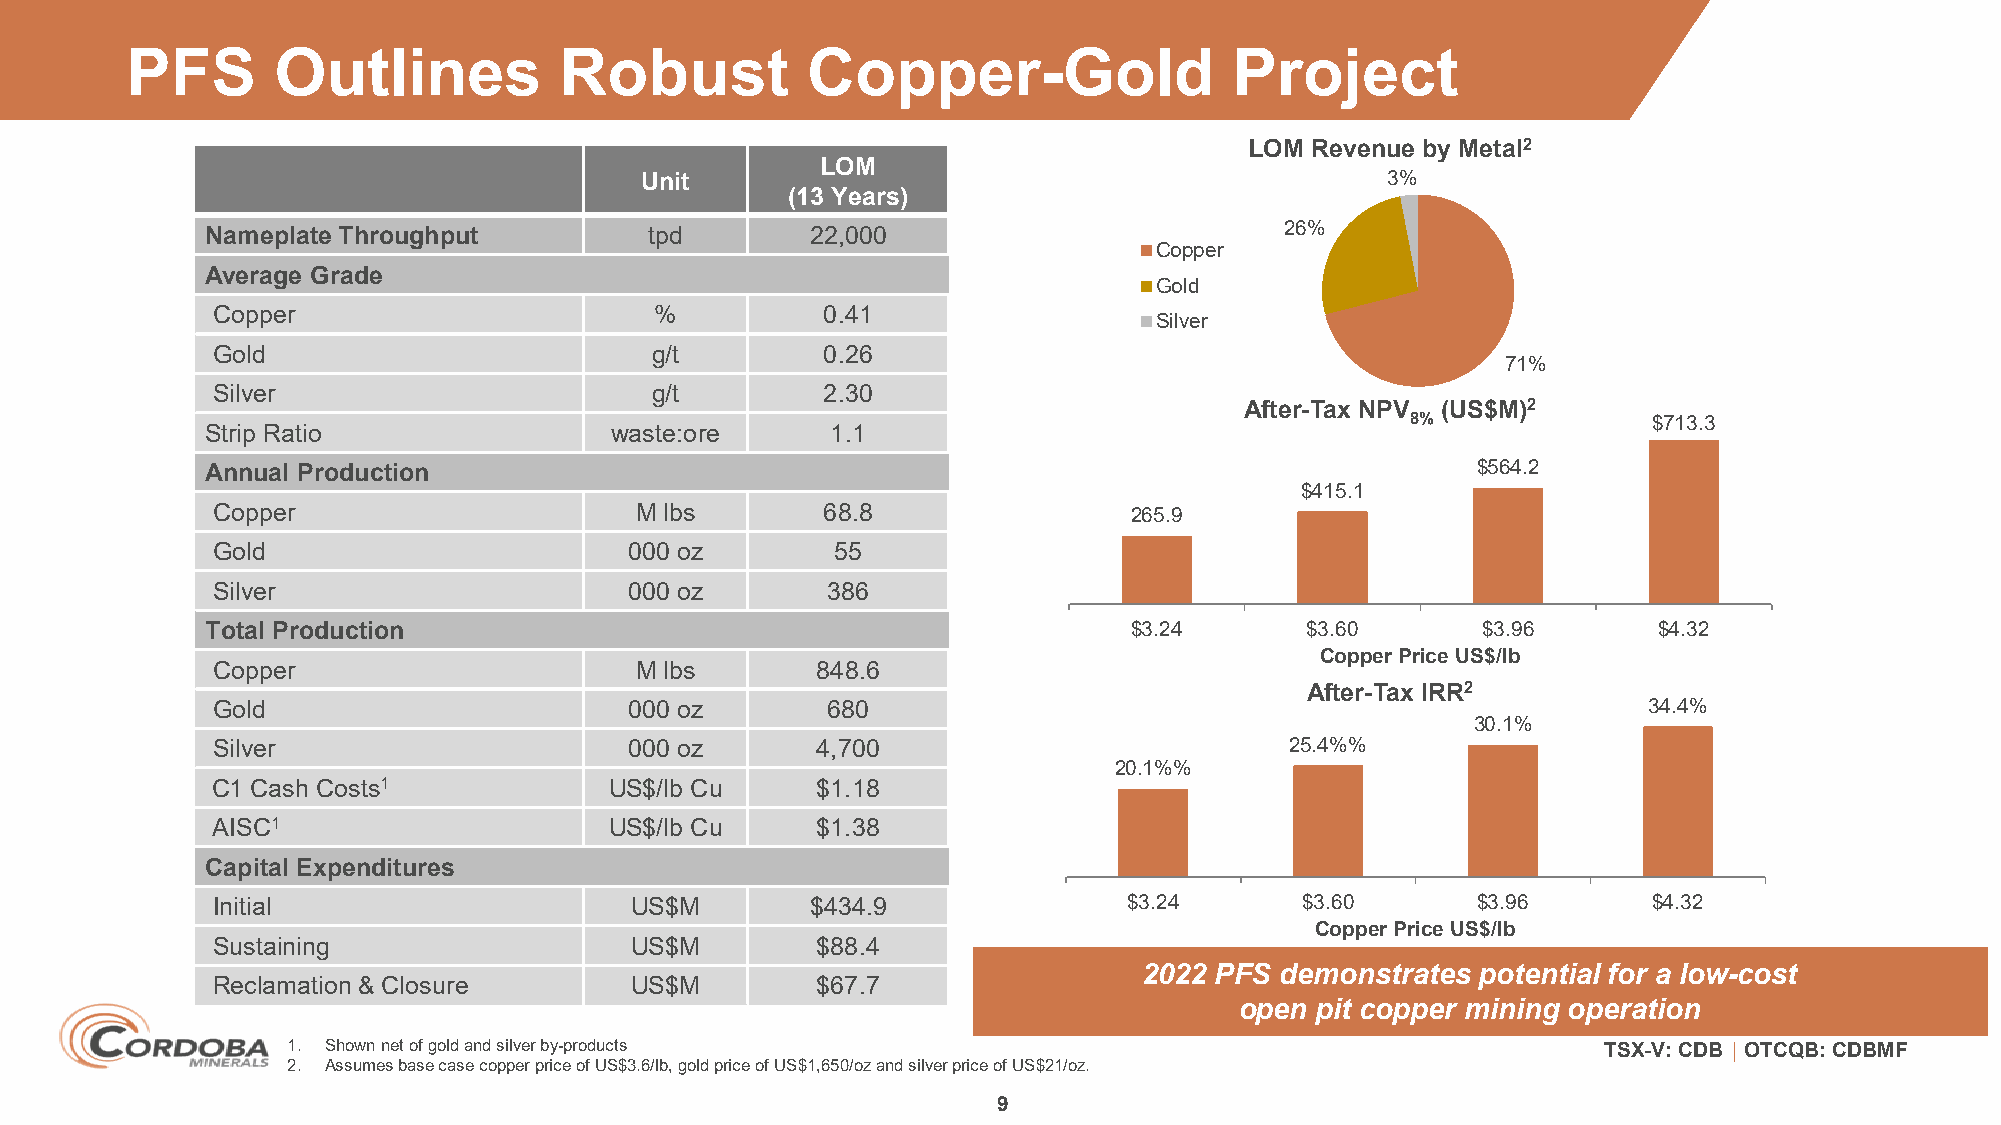
PFS       Outlines           Robust          Copper-Gold                  Project
 LOM Revenue by Metal2
 LOM
 Unit                                              3%
 (13 Years)
 26%
 Nameplate Throughput         tpd        22,000
 Copper
 Average Grade
 Gold
 Copper                       %          0.41
 Silver
 Gold                         g/t        0.26
 71%
 Silver                       g/t        2.30
 After-Tax NPV (US$M)2
 8%              $713.3
 Strip Ratio               waste:ore      1.1
 Annual Production                                                                   $564.2
 $415.1
 Copper                      M lbs       68.8                 265.9
 Gold                        000 oz       55
 Silver                      000 oz       386
 Total Production                                             $3.24      $3.60       $3.96       $4.32
 Copper Price US$/lb
 Copper                      M lbs       848.6
 After-Tax IRR2
 Gold                        000 oz       680                                                   34.4%
 30.1%
 Silver                      000 oz      4,700                          25.4%%
 20.1%%
 C1 Cash Costs1            US$/lb Cu     $1.18
 AISC1                     US$/lb Cu     $1.38
 Capital Expenditures
 Initial                     US$M        $434.9               $3.24      $3.60       $3.96      $4.32
 Copper Price US$/lb
 Sustaining                  US$M        $88.4
 2022 PFS demonstrates potential for a low-cost
 Reclamation & Closure       US$M        $67.7
 open pit copper mining operation
 1. Shown net of gold and silver by-products                                            TSX-V: CDB │ OTCQB: CDBMF
 2. Assumes base case copper price of US$3.6/lb, gold price of US$1,650/ozand silver price of US$21/oz.
 9